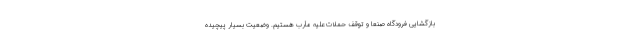
بازگشایی فرودگاه صنعا و توقف حملات علیه مأرب هستیم. وضعیت بسیار پیچیده